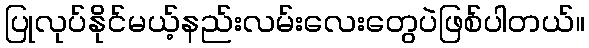
ပြုလုပ်နိုင်မယ့်နည်းလမ်းလေးတွေပဲဖြစ်ပါတယ်။